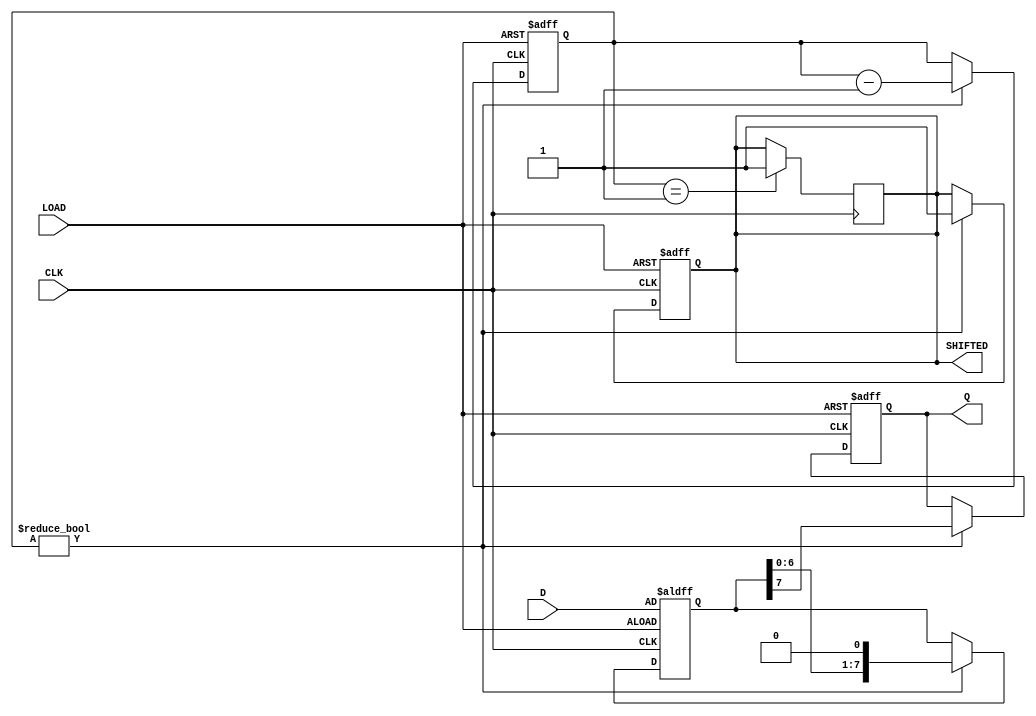
module piso_register (
    input [7:0] D,          // 8-bit data input
    input LOAD,             // Load control signal
    input CLK,              // Clock signal
    output reg Q,           // Serial output
    output reg SHIFTED      // Optional signal indicating data shifted out
);

    reg [7:0] shift_reg;    // Internal register to hold 8-bit data
    reg [2:0] count;        // Bit counter for shifting

    // Sequential logic: loading or shifting
    always @(posedge CLK or posedge LOAD) begin
        if (LOAD) begin
            // Load data into the shift register
            shift_reg <= D;     
            Q <= 0;            // Set serial output to a predefined value (e.g., logic low)
            SHIFTED <= 0;      // Clear shifted indication
            count <= 3'b111;   // Set count to 7 (to shift out 8 bits)
        end else if (count != 0) begin
            // Shift out the MSB to Q
            Q <= shift_reg[7]; // Output the MSB
            shift_reg <= {shift_reg[6:0], 1'b0}; // Shift left
            count <= count - 1; // Decrement the count
            SHIFTED <= 1; // Indicate data has been shifted out
        end
    end

    // On completion, if all bits have been shifted out
    always @(negedge CLK) begin
        if (count == 1) begin
            SHIFTED <= 1; // Indicate last bit has been shifted out
        end
    end

endmodule